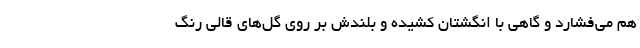
هم می‌فشارد و گاهی با انگشتان کشیده و بلندش بر روی گل‌های قالی رنگ